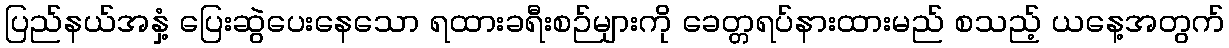
ပြည်နယ်အနှံ့ ပြေးဆွဲပေးနေသော ရထားခရီးစဉ်များကို ခေတ္တရပ်နားထားမည် စသည့် ယနေ့အတွက်